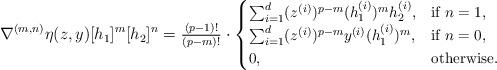
LaTeX: \begin{align*}\small \nabla^{(m, n)} \eta(z, y)[h_1]^m [h_2]^n = \tfrac{(p-1)!}{(p-m)!} \cdot \begin{cases}\sum_{i=1}^d (z^{(i)})^{p-m} (h_1^{(i)})^m h_2^{(i)}, & \textnormal{if } n = 1, \\\sum_{i=1}^d (z^{(i)})^{p-m} y^{(i)} (h_1^{(i)})^m, & \textnormal{if } n = 0, \\0, & \textnormal{otherwise}. \end{cases}\end{align*}